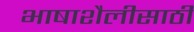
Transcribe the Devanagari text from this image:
भाषाशैलीसाठी